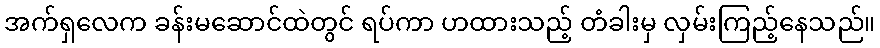
အက်ရှလေက ခန်းမဆောင်ထဲတွင် ရပ်ကာ ဟထားသည့် တံခါးမှ လှမ်းကြည့်နေသည်။